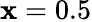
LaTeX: \mathbf{x}=0.5